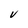
Character: V